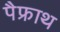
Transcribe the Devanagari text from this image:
पैफ्राथ